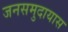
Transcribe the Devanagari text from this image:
जनसमुदायास